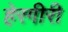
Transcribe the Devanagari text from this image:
हेरगीरी